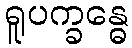
ရူပက္ခန္ဓေ